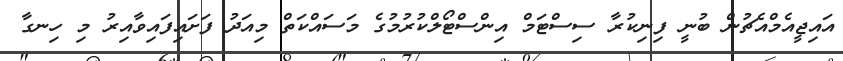
އައިޖީއެމްއެޗުން ބުނީ ފިނިކުރާ ސިސްޓަމް އިންސްޓޯލްކުރުމުގެ މަސައްކަތް މިއަދު ފަށައިފައިވާއިރު މި ހިނގާ